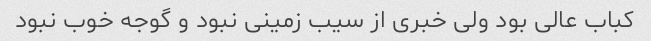
کباب عالی بود ولی خبری از سیب زمینی نبود و گوجه خوب نبود